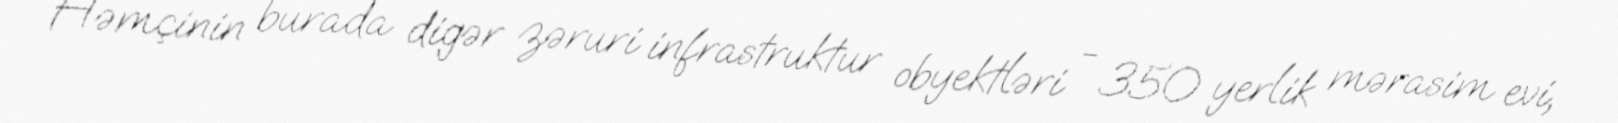
Həmçinin burada digər zəruri infrastruktur obyektləri - 350 yerlik mərasim evi,